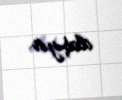
daşıyır.